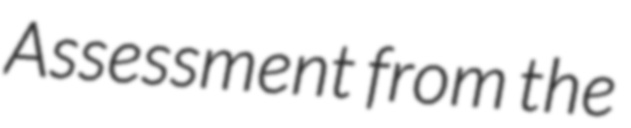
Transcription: Assessment from the